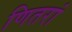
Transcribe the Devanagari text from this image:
णितरां